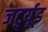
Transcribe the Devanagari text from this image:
जर्ट्र्यूड